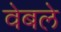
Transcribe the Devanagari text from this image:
वेबले